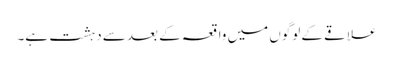
علاقے کے لوگوں میں واقعہ کے بعد سے دہشت ہے۔